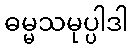
ဓမ္မသမုပ္ပါဒါ